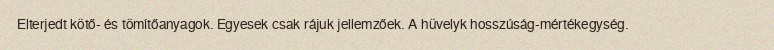
Elterjedt kötő- és tömítőanyagok. Egyesek csak rájuk jellemzőek. A hüvelyk hosszúság-mértékegység.